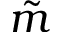
\tilde { m }